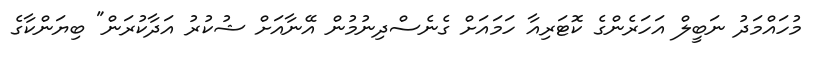
މުހައްމަދު ނަބީލް އަހަރެންގެ ކޮޓަރިއާ ހަމައަށް ގެނެސްދިނުމުން އޭނާއަށް ޝުކުރު އަދާކުރަން" ބިޔަންކާގެ